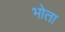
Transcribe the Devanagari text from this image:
भोता